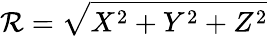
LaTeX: \mathcal{R}=\sqrt{X^{2}+Y^{2}+Z^{2}}